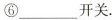
⑥___开关.